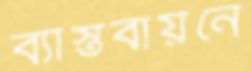
ব্যাস্তবায়নে